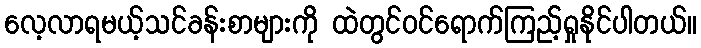
လေ့လာရမယ့်သင်ခန်းစာများကို ထဲတွင်၀င်ရောက်ကြည့်ရှုနိုင်ပါတယ်။